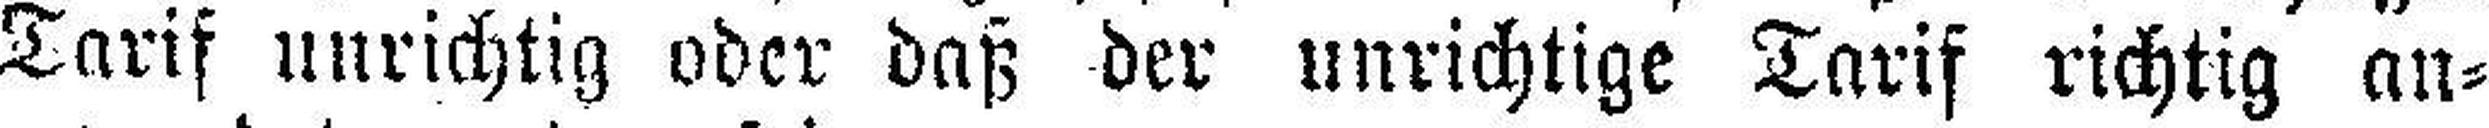
Tarif unrichtig oder daß der unrichtige Tarif richtig an¬